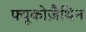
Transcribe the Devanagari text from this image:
फ्यूकोज़ैथिन